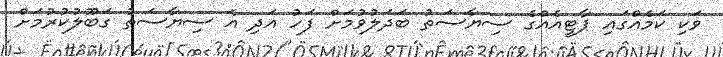
ވަކި ކަމެއްގައި ޕާޓީއެއްގެ ސިޔާސަތު ބަދަލުވުމަށް ފަހު އަދި އެ ސިޔާސަތު ގަބޫލުކުރުމަށް